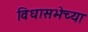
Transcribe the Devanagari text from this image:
विधासभेच्या